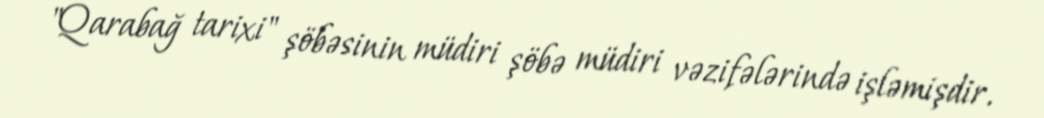
"Qarabağ tarixi" şöbəsinin müdiri şöbə müdiri vəzifələrində işləmişdir.